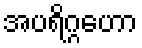
အပရိဂ္ဂဟော